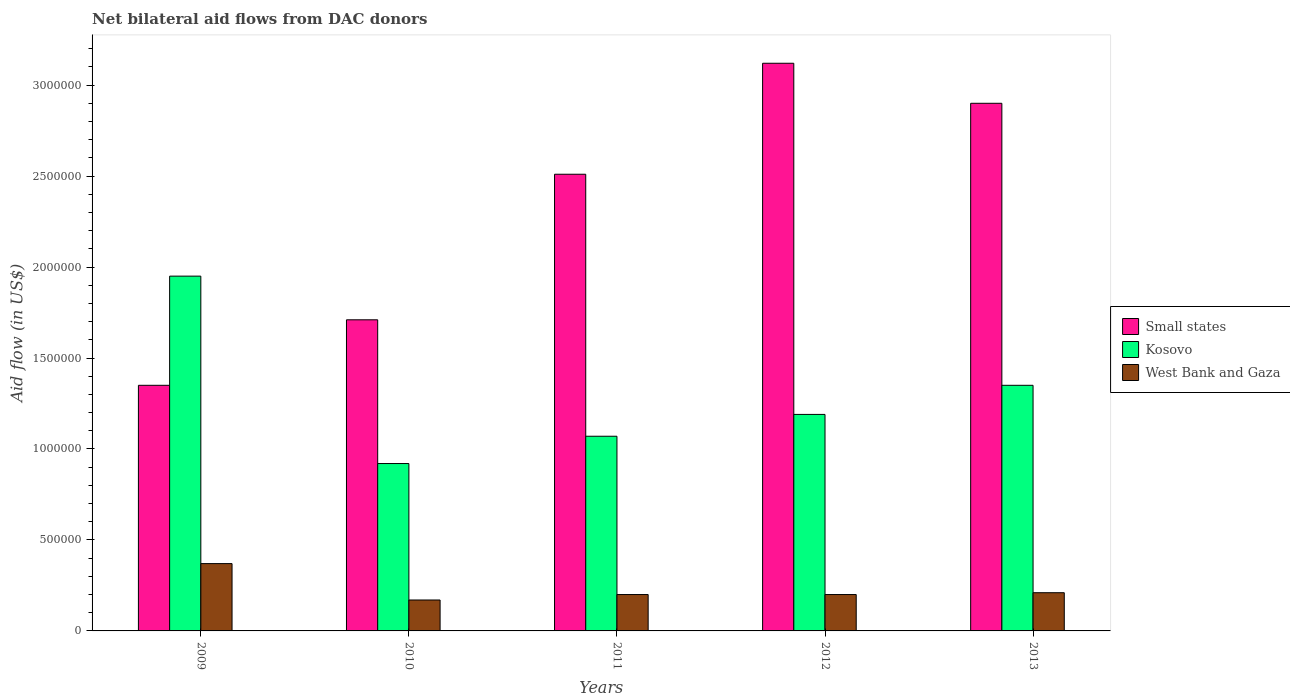
| Years | Small states | Kosovo | West Bank and Gaza |
 | --- | --- | --- | --- |
 | 2009 | 1.35e+06 | 1.95e+06 | 3.7e+05 |
 | 2010 | 1.71e+06 | 9.2e+05 | 1.7e+05 |
 | 2011 | 2.51e+06 | 1.07e+06 | 2e+05 |
 | 2012 | 3.12e+06 | 1.19e+06 | 2e+05 |
 | 2013 | 2.9e+06 | 1.35e+06 | 2.1e+05 |